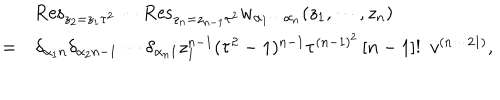
\begin{array} { c l } { { } } & { { \mathrm { R e s } _ { z _ { 2 } = z _ { 1 } \tau ^ { 2 } } \cdots \mathrm { R e s } _ { z _ { n } = z _ { n - 1 } \tau ^ { 2 } } w _ { \alpha _ { 1 } \cdots \alpha _ { n } } ( z _ { 1 } , \cdots , z _ { n } ) } } \\ { { = } } & { { \delta _ { \alpha _ { 1 } n } \delta _ { \alpha _ { 2 } n - 1 } \cdots \delta _ { \alpha _ { n } 1 } z _ { 1 } ^ { n - 1 } ( \tau ^ { 2 } - 1 ) ^ { n - 1 } \tau ^ { ( n - 1 ) ^ { 2 } } \left[ n - 1 \right] ! ~ ~ v ^ { ( n \cdots 2 1 ) } , } } \\ \end{array}